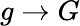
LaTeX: g\rightarrow G